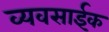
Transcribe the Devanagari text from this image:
व्यवसाईक